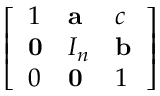
\left[ \begin{array} { l l l } { 1 } & { \mathbf { a } } & { c } \\ { \mathbf { 0 } } & { I _ { n } } & { \mathbf { b } } \\ { 0 } & { \mathbf { 0 } } & { 1 } \end{array} \right]